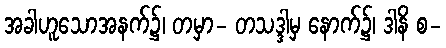
အခါဟူသောအနက်၌၊ တမှာ- တသဒ္ဒါမှ နောက်၌၊ ဒါနိ စ-